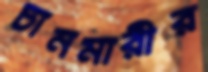
চানমারীর